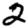
Digit: 2